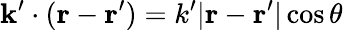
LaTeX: \mathbf{k}^{\prime}\cdot(\mathbf{r}-\mathbf{r}^{\prime})=k^{\prime}|\mathbf{r}-\mathbf{r}^{\prime}|\cos\theta